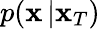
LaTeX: p(\mathbf{x}\, |\mathbf{x}_{T})